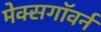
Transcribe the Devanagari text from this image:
मेक्सगॉवर्न